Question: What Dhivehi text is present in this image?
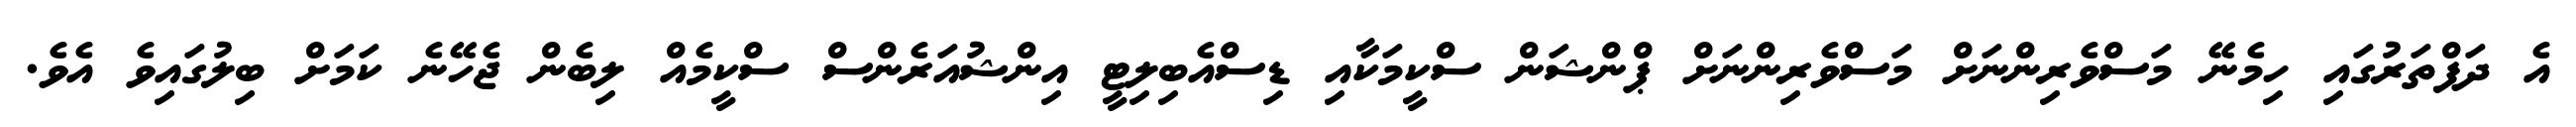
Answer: އެ ދަފްތަރުގައި ހިމެނޭ މަސްވެރިންނަށް މަސްވެރިންނަށް ޕްންޝަން ސްކީމަކާއި ޑިސްއެބިލިޓީ އިންޝުއަރެންސް ސްކީމެއް ލިބެން ޖެހޭނެ ކަމަށް ބިލުގައިވެ އެވެ.